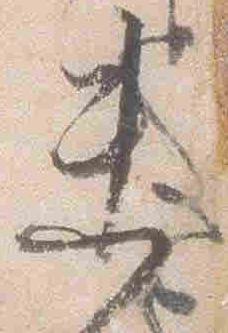
未